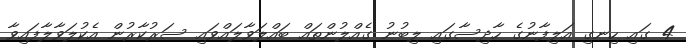
4 ގައި ހިނގި އަލިފާނުގެ ހާދިސާގައި ލިބުނު ގެއްލުންތައް ބައްލަވާލައްވައި ސަރުކާރުން އެކުލަވާލާފައިވާ